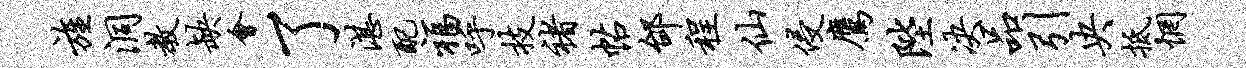
旌洞教缺会了湛配福呼技褚帖邰程仙侵鹰陛决品引央抵惘